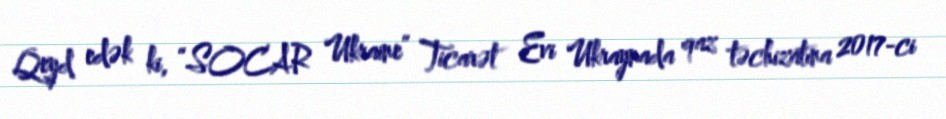
Qeyd edək ki, “SOCAR Ukraine” Ticarət Evi Ukraynada qaz təchizatına 2017-ci